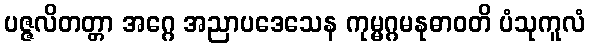
ပဇ္ဇလိတတ္တာ အဂ္ဂေ အညာပဒေသေန ကုမ္မဂ္ဂမနုဓာဝတိ ပံသုကူလံ